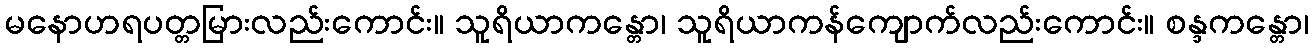
မနောဟရပတ္တမြားလည်းကောင်း။ သူရိယာကန္တော၊ သူရိယာကန်ကျောက်လည်းကောင်း။ စန္ဒကန္တော၊